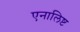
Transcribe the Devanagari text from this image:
एनालिष्ट